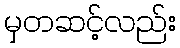
မှတဆင့်လည်း